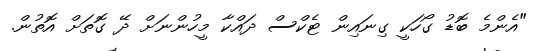
"އެންމެ ބޮޑު ގޯހަކީ ގިނައިން ޓެކްސް ދައްކާ މީހުންނަށް ދޭ ގޮތަށް އޮތުން.